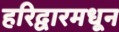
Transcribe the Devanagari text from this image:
हरिद्वारमधून